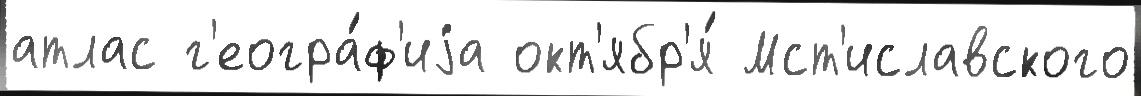
атлас г'еогра́ф'иjа окт'ябр'я́ Мст'иславского